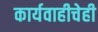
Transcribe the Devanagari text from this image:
कार्यवाहीचेही